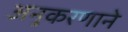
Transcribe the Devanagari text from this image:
अनुकरणाने